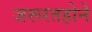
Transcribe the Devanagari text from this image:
जरूरतहोने